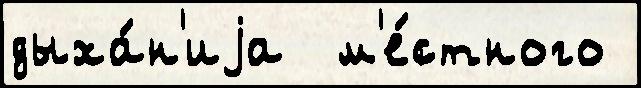
дыха́н'иjа  м'е́стного